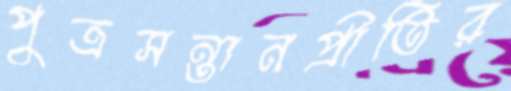
পুত্রসন্তানপ্রীতির